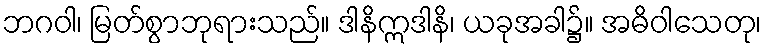
ဘဂဝါ၊ မြတ်စွာဘုရားသည်။ ဒါနိဣဒါနိ၊ ယခုအခါ၌။ အဓိဝါသေတု၊